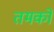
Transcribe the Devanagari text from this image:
तमको